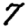
Digit: 7